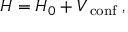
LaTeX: H = H _ { 0 } + V _ { \mathrm { \footnotesize ~ c o n f } } \; ,